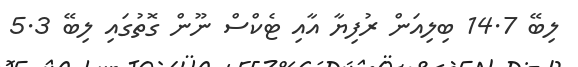
ލިބޭ 14.7 ބިލިއަން ރުފިޔާ އާއި ޓެކްސް ނޫން ގޮތުގައި ލިބޭ 5.3